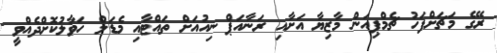
ރޭގެ މަޗަށްފަހު ޗެމްޕިއަން މާޒިޔާ އަށާއި ރަނާއަޕް ނިއުއަށް ތައްޓާއި މެޑަލް ހަވާލުކޮށްދެއްވީ